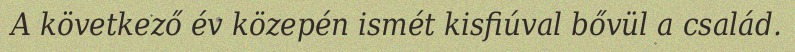
A következő év közepén ismét kisfiúval bővül a család.